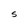
Character: S